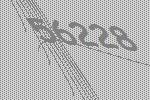
56228